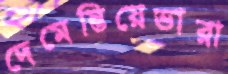
দেমেন্তিয়েভারা